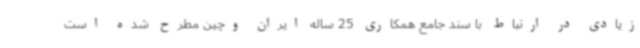
زیادی در ارتباط با سند جامع همکاری 25 ساله ایران وچین مطرح شده است